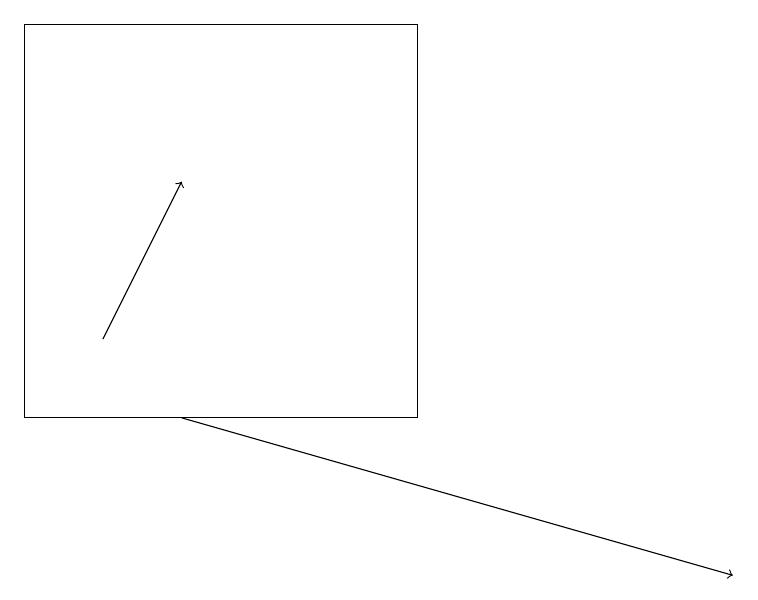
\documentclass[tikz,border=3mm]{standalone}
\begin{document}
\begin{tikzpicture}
\draw[->] (2,12) -- (9,10);
\draw (5,17) rectangle (0,12);
\draw[->] (1,13) -- (2,15);
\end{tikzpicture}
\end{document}